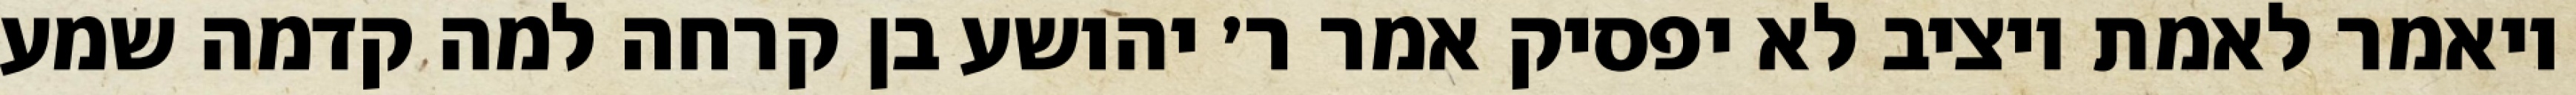
ויאמר לאמת ויציב לא יפסיק אמר ר׳ יהושע בן קרחה למה קדמה שמע